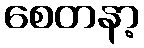
စေတနာ့